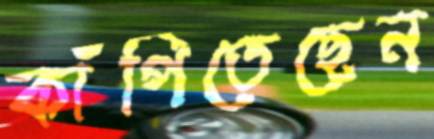
কাঁপিতেছেন